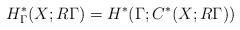
LaTeX: \begin{align*} H_\Gamma^*(X; R\Gamma) = H^*(\Gamma; C^*(X; R\Gamma)) \end{align*}